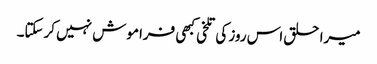
میرا حلق اس روز کی تلخی کبھی فراموش نہیں کرسکتا۔